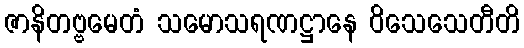
ဇာနိတဗ္ဗမေတံ သမောသရဏဋ္ဌာနေ ဝိသေသေတီတိ